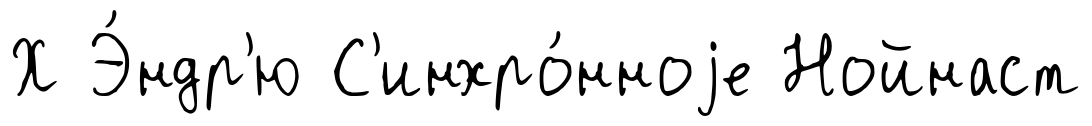
Х Э́ндр'ю С'инхро́нноjе Нойнаст